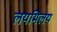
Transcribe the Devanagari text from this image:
लयमिलय